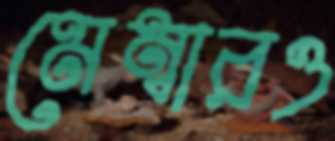
মেম্বারও